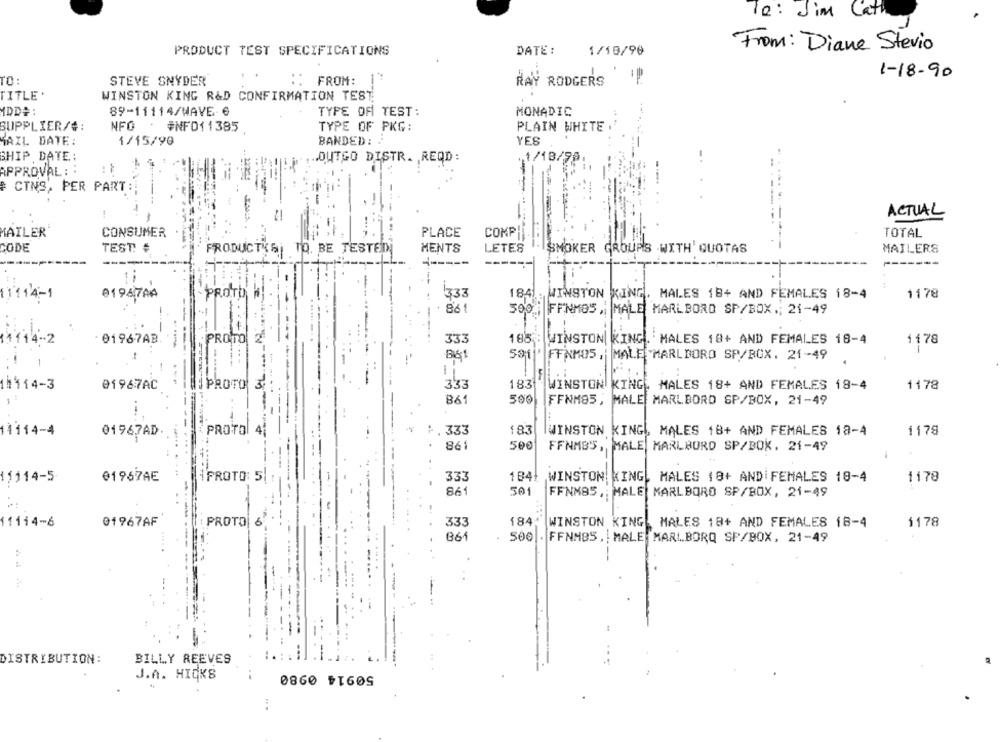
To: Jim Cath
PRODUCT TEST SPECIFICATIONS
DATE :
1/19/90
From: Diane Stevio
1-18-90
TO:
STEVE SNYDER
FROM:
RAY RODGERS
TITLE .
WINSTON KING R&D CONFIRMATION TEST
HDD#:
89-11114/HAVE 6
TYPE OF TEST:
MONADIC
SUPPLIER/#:
NFO . #NFD11385
TYPE OF PKG:
PLAIN WHITE
MAIL DATE:
1/15/90
BANDED :
YES
SHIP DATE:
.OUTGO DISTR. REQD:
1/18/98
APPROVAL :
& CINS, PER PART
ACTUAL
MAILER
CONSUMER
PLACE
COMP
TOTAL
CODE
TEST: #
PRODUCTKSI TO. BE TESTED
MENTS
LETES
SMOKER GROUPS WITH' QUOTAS
MAILERS
------
1114-
01967AA
PROTO
333
184
WINSTON KING. MALES 18+ AND FEMALES 18-4
1178
861
500
FFNMOS , MALE MARLBORO SP/BOX .; 21-49
11114-2
01967AB.
PROTO 2.
333
185.
WINSTON KING. MALES 18+ AND FEMALES 18-4
1178
-
861
501 FFNMOS, MALE MARLBORO SP/BOX. 21-49
11414-3
PROTO 3
333
183
WINSTON KING. MALES 18+ AND FEMALES 18-4
1178
01967AC
861
500
FFNM85, MALE MARLBORD SP/BOX, 21-49
. 333
183
WINSTON KING, MALES 18+ AND FEMALES 18-4
1178
11114-4
01967AD
PROTO 4
861
50€
FFNMBS, MALE MARLBORO SP/BOX. 21-49
11114-5
@1967AE
iPROTO: 5
333
184+
WINSTON KING, MALES 18+ AND FEMALES 19-4
1178
861
301
FFNMB5 ,; MALE MARLBORO SP/BOX, 21-49
--
184.
11114-6
01967AF
PROTO 6
333
WINSTON KING
MALES 18+ AND FEMALES 18-4
1178
861
500 . FFNMBS, MALE MARLBORQ SP/BOX. 21-49
DISTRIBUTION:
BILLY REEVES
J.A. HICKS